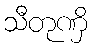
သီတုဏှိ